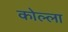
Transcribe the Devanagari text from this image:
कोल्ला